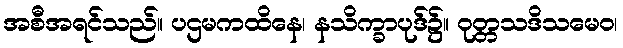
အစီအရင်သည်။ ပဌမကထိနေ၊ နသိက္ခာပုဒ်၌။ ဝုတ္တသဒိသမေဝ၊